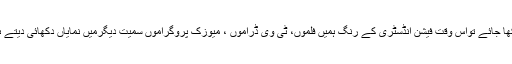
دیکھا جائے تواس وقت فیشن انڈسٹری کے رنگ ہمیں فلموں، ٹی وی ڈراموں ، میوزک پروگراموں سمیت دیگرمیں نمایاں دکھائی دیتے ہیں۔